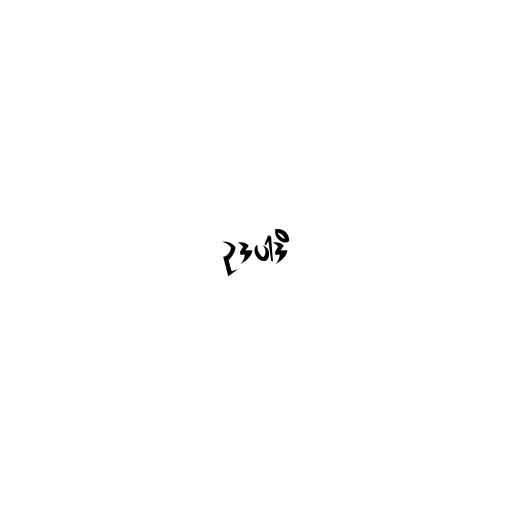
ဥဒပါဒိ